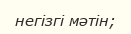
негізгі мәтін;